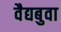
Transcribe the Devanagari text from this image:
वैद्यबुवा